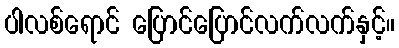
ပါလစ်ရောင် ပြောင်ပြောင်လက်လက်နှင့်။